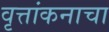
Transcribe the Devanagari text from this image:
वृत्तांकनाचा